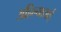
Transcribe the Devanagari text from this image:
अहिल्याताई